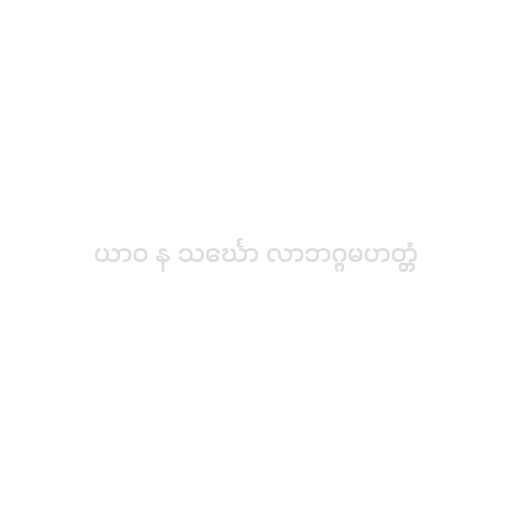
ယာဝ န သင်္ဃော လာဘဂ္ဂမဟတ္တံ